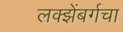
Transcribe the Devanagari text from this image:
लक्झेंबर्गचा